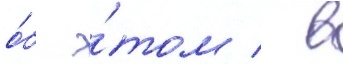
о́б э́том / в